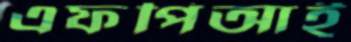
এফপিআই